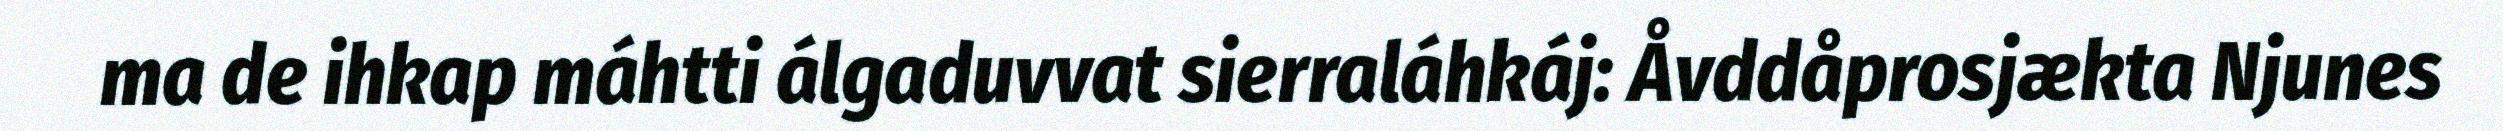
ma de ihkap máhtti álgaduvvat sierraláhkáj: Åvddåprosjækta Njunes